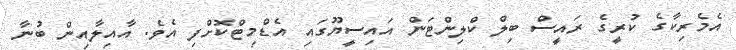
އެމެރިކާގެ ކުރީގެ ރައީސް ބިލް ކްލިންޓަން އައިސީޔޫގައި އެޑްމިޓްކޮށްފި އެވެ. އާއިލާއިން ބުނާ